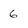
Character: 6